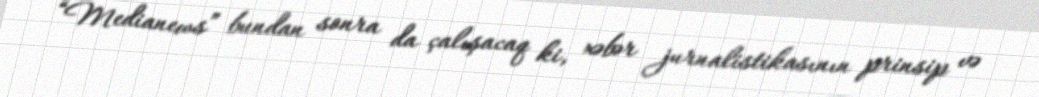
“Medianews” bundan sonra da çalışacaq ki, xəbər jurnalistikasının prinsip və